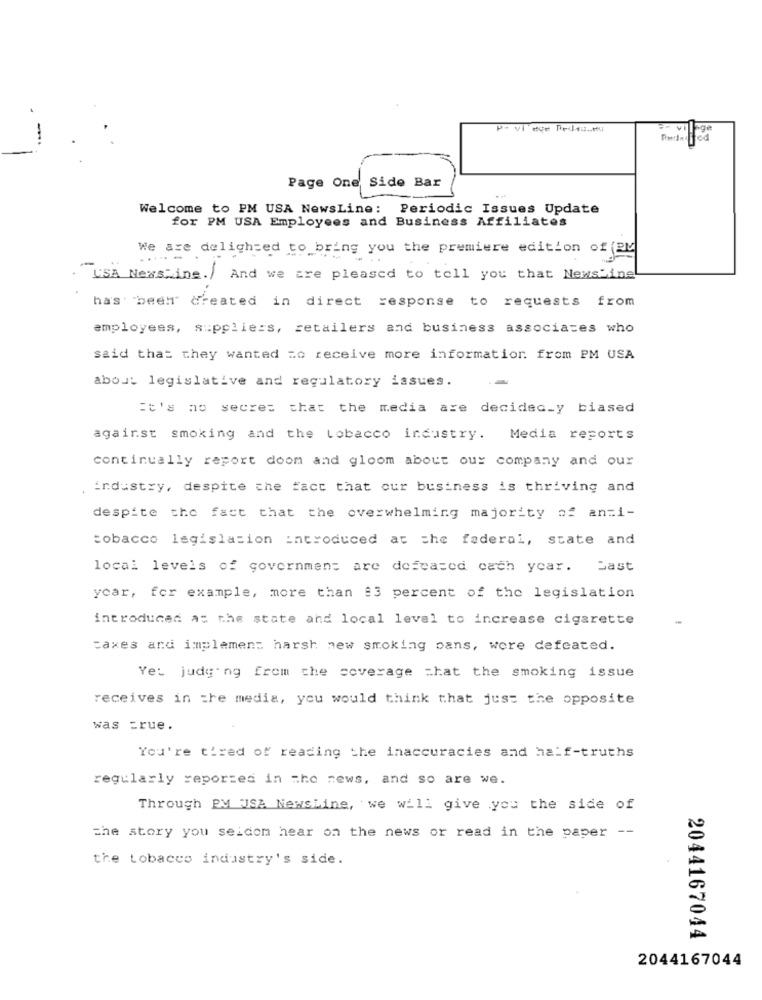
Page One,
Side Bar
Welcome to PM USA NewsLine: Periodic Issues Update
for PM USA Employees and Business Affiliates
We are delighted to bring you the premiere edition of (PM
.....
-
USA Ness_ing.)
And we are pleased to tell you that Newshine
has been created in direct response to requests from
employees, suppliers, retailers and business associates who
said that they wanted zo receive more information. from PM USA
about legislative and regulatory issues.
it's no secret that the media are decidec_y biased
against smoking and the tobacco industry. Media reports
continually report doom and gloom about our company and our
. industry, despite the fact that our business is thriving and
despite the fact that the overwhelming majority of anti-
tobacco legislation introduced at the federal, state and
local levels of government are defeated cach year. Bast
ycar, for example, more than #3 percent of the legislation
introduced at the state and local level to increase cigarette
taxes and implement harsh new smoking pans, were defeated.
Yet judging from the coverage =hat the smoking issue
receives in the media, you would think that just the opposite
was =rue.
You're tired of reading the inaccuracies and half-truths
regularly reported in the news, and so are we.
Through PM ISA Newsline, we will give you the side of
the story you seidom hear on the news or read in the paper --
the tobacco industry's side.
2044167044
2044167044